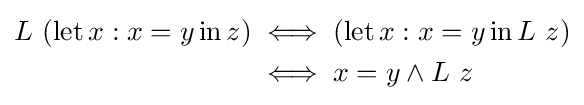
{\begin{aligned}L\ (\operatorname {let} x:x=y\operatorname {in} z)&\iff (\operatorname {let} x:x=y\operatorname {in} L\ z)\\&\iff x=y\land L\ z\end{aligned}}